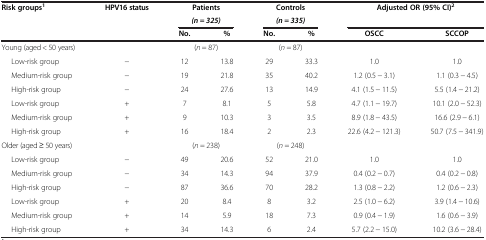
<table><thead><tr><td><b>Risk groups<sup>1</sup></b></td><td><b>HPV16 status</b></td><td colspan="2"><b>Patients</b></td><td colspan="2"><b>Controls</b></td><td rowspan="2" colspan="2"><b>Adjusted OR (95% CI)<sup>2</sup></b></td></tr><tr><td><b> </b></td><td><b> </b></td><td colspan="2"><b><i>(n = 325)</i></b></td><td colspan="2"><b><i>(n = 335)</i></b></td></tr><tr><td><b> </b></td><td><b> </b></td><td><b>No.</b></td><td><b>%</b></td><td><b>No.</b></td><td><b>%</b></td><td><b>OSCC</b></td><td><b>SCCOP</b></td></tr></thead><tbody><tr><td>Young (aged &lt; 50 years)</td><td> </td><td colspan="2">(<i>n</i> = 87)</td><td colspan="2">(<i>n</i> = 87)</td><td> </td><td> </td></tr><tr><td>Low-risk group</td><td>−</td><td>12</td><td>13.8</td><td>29</td><td>33.3</td><td>1.0</td><td>1.0</td></tr><tr><td>Medium-risk group</td><td>−</td><td>19</td><td>21.8</td><td>35</td><td>40.2</td><td>1.2 (0.5 − 3.1)</td><td>1.1 (0.3 − 4.5)</td></tr><tr><td>High-risk group</td><td>−</td><td>24</td><td>27.6</td><td>13</td><td>14.9</td><td>4.1 (1.5 − 11.5)</td><td>5.5 (1.4 − 21.2)</td></tr><tr><td>Low-risk group</td><td>+</td><td>7</td><td>8.1</td><td>5</td><td>5.8</td><td>4.7 (1.1 − 19.7)</td><td>10.1 (2.0 − 52.3)</td></tr><tr><td>Medium-risk group</td><td>+</td><td>9</td><td>10.3</td><td>3</td><td>3.5</td><td>8.9 (1.8 − 43.5)</td><td>16.6 (2.9 − 6.1)</td></tr><tr><td>High-risk group</td><td>+</td><td>16</td><td>18.4</td><td>2</td><td>2.3</td><td>22.6 (4.2 − 121.3)</td><td>50.7 (7.5 − 341.9)</td></tr><tr><td>Older (aged ≥ 50 years)</td><td> </td><td colspan="2">(<i>n</i> = 238)</td><td colspan="2">(<i>n</i> = 248)</td><td> </td><td> </td></tr><tr><td>Low-risk group</td><td>−</td><td>49</td><td>20.6</td><td>52</td><td>21.0</td><td>1.0</td><td>1.0</td></tr><tr><td>Medium-risk group</td><td>−</td><td>34</td><td>14.3</td><td>94</td><td>37.9</td><td>0.4 (0.2 − 0.7)</td><td>0.4 (0.2 − 0.8)</td></tr><tr><td>High-risk group</td><td>−</td><td>87</td><td>36.6</td><td>70</td><td>28.2</td><td>1.3 (0.8 − 2.2)</td><td>1.2 (0.6 − 2.3)</td></tr><tr><td>Low-risk group</td><td>+</td><td>20</td><td>8.4</td><td>8</td><td>3.2</td><td>2.5 (1.0 − 6.2)</td><td>3.9 (1.4 − 10.6)</td></tr><tr><td>Medium-risk group</td><td>+</td><td>14</td><td>5.9</td><td>18</td><td>7.3</td><td>0.9 (0.4 − 1.9)</td><td>1.6 (0.6 − 3.9)</td></tr><tr><td>High-risk group</td><td>+</td><td>34</td><td>14.3</td><td>6</td><td>2.4</td><td>5.7 (2.2 − 15.0)</td><td>10.2 (3.6 − 28.4)</td></tr></tbody></table>